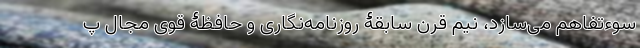
سوء‌تفاهم می‌سازد، نیم قرن سابقۀ روزنامه‌نگاری و حافظۀ قوی مجال پ